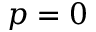
p = 0